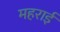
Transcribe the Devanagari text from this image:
महराई